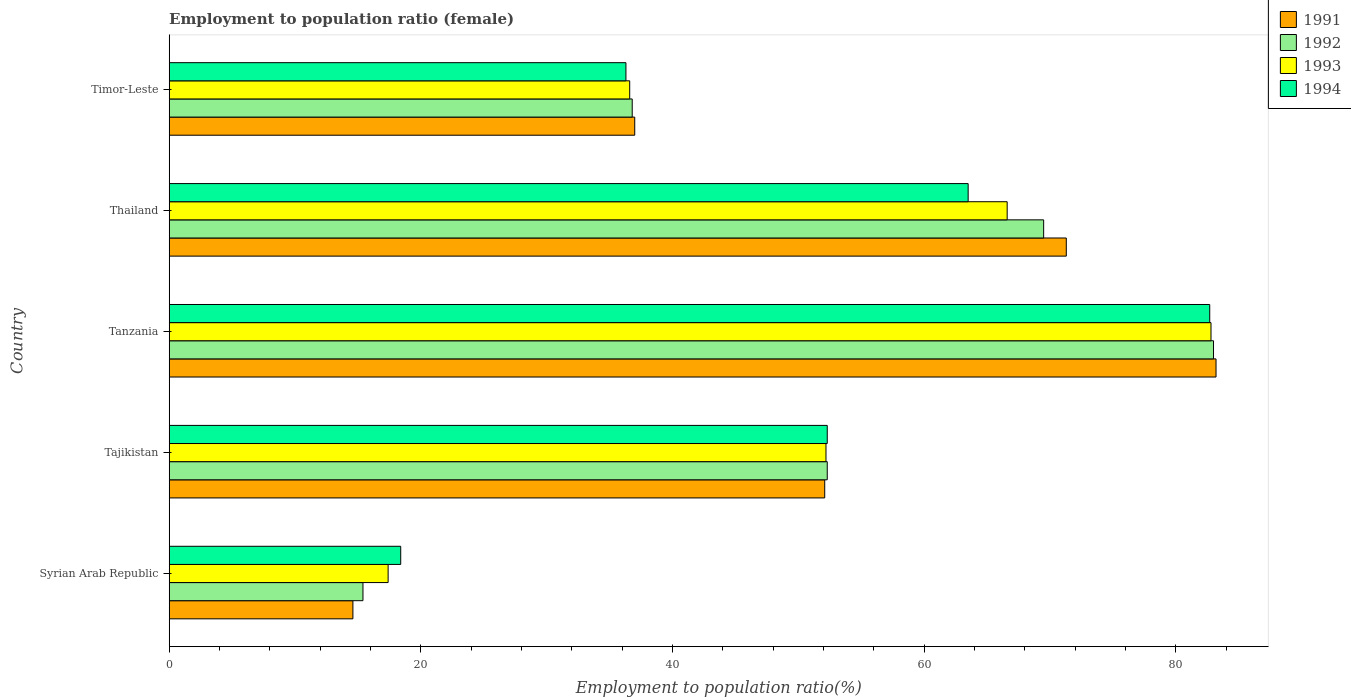
| Country | 1991 | 1992 | 1993 | 1994 |
 | --- | --- | --- | --- | --- |
 | Syrian Arab Republic | 14.6 | 15.4 | 17.4 | 18.4 |
 | Tajikistan | 52.1 | 52.3 | 52.2 | 52.3 |
 | Tanzania | 83.2 | 83 | 82.8 | 82.7 |
 | Thailand | 71.3 | 69.5 | 66.6 | 63.5 |
 | Timor-Leste | 37 | 36.8 | 36.6 | 36.3 |